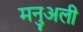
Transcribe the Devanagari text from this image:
मनुअली